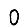
Digit: 0